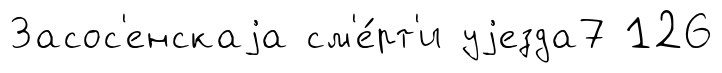
Засос'енскаjа см'е́рт'и уjезда7 126